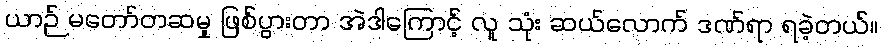
ယာဉ် မတော်တဆမှု ဖြစ်ပွားတာ အဲဒါကြောင့် လူ သုံး ဆယ်လောက် ဒဏ်ရာ ရခဲ့တယ်။